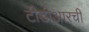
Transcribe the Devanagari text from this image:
टीडीआरची